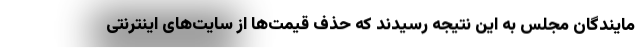
مایندگان مجلس به این نتیجه رسیدند که حذف قیمت‌ها از سایت‌های اینترنتی